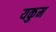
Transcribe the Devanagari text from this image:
यकुम